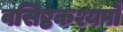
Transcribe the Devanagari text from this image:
वसिष्ठकश्यपौ